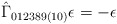
\begin{align*}\hat{\Gamma}_{012389(10)} \epsilon = -\epsilon\end{align*}